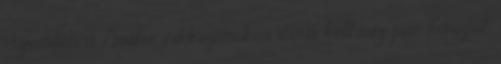
Szerintem a Duster cikkszámokra várni kell még pár hónapot.